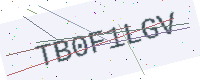
Text: TB0F1LGV